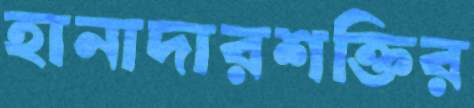
হানাদারশক্তির